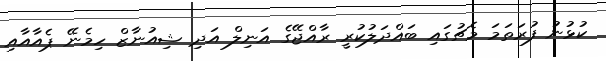
ކުޅުނު ފުރަތަމަ މެޗުގައި ބައްދަލުކުރީ ރާއްޖޭގެ އަނިލް އަދި ޝިއުނާޒް ހިމެނޭ ޕެއާއާއި